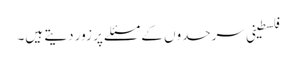
فلسطینی سرحدوں کے مسئلے پر زور دیتے ہیں۔